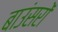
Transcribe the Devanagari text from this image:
बाउंसरों